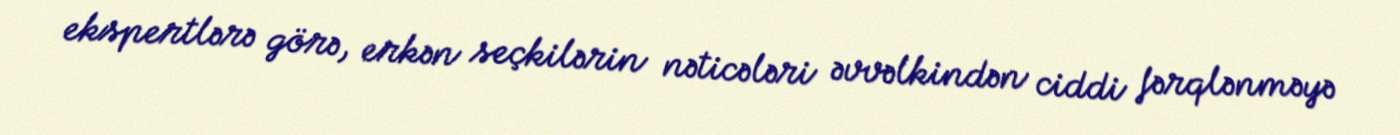
ekspertlərə görə, erkən seçkilərin nəticələri əvvəlkindən ciddi fərqlənməyə